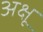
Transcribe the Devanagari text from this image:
अक्षू